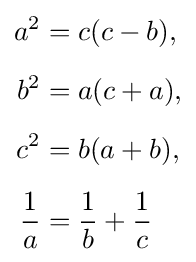
{\begin{aligned}a^{2}&=c(c-b),\\[5pt]b^{2}&=a(c+a),\\[5pt]c^{2}&=b(a+b),\\[5pt]{\frac {1}{a}}&={\frac {1}{b}}+{\frac {1}{c}}\end{aligned}}